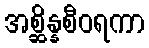
အစ္ဆိန္နစီဝရကာ